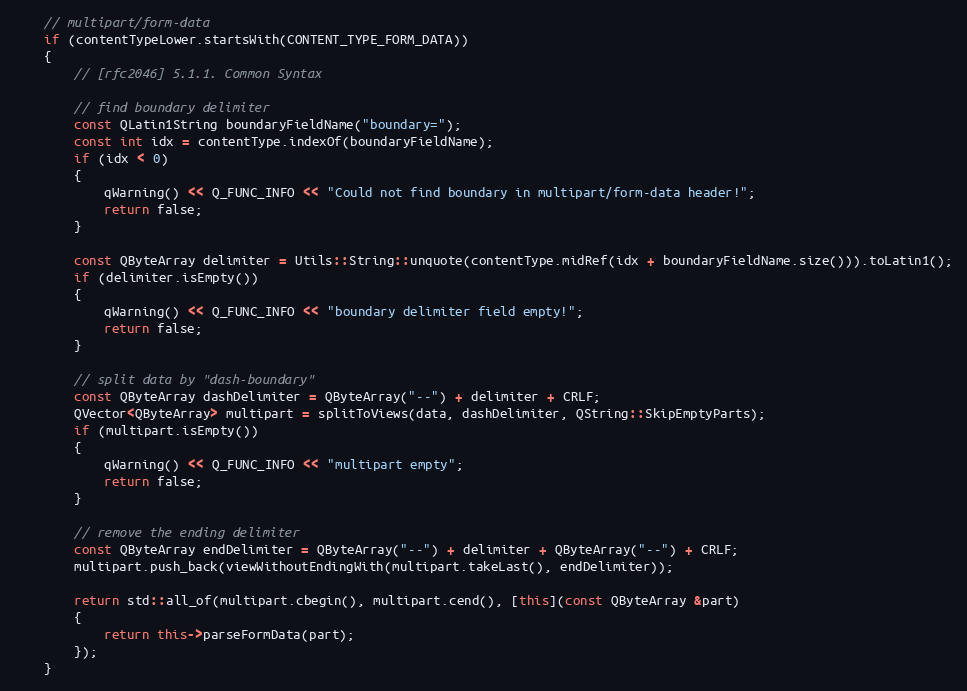
Language: C++
    // multipart/form-data
    if (contentTypeLower.startsWith(CONTENT_TYPE_FORM_DATA))
    {
        // [rfc2046] 5.1.1. Common Syntax

        // find boundary delimiter
        const QLatin1String boundaryFieldName("boundary=");
        const int idx = contentType.indexOf(boundaryFieldName);
        if (idx < 0)
        {
            qWarning() << Q_FUNC_INFO << "Could not find boundary in multipart/form-data header!";
            return false;
        }

        const QByteArray delimiter = Utils::String::unquote(contentType.midRef(idx + boundaryFieldName.size())).toLatin1();
        if (delimiter.isEmpty())
        {
            qWarning() << Q_FUNC_INFO << "boundary delimiter field empty!";
            return false;
        }

        // split data by "dash-boundary"
        const QByteArray dashDelimiter = QByteArray("--") + delimiter + CRLF;
        QVector<QByteArray> multipart = splitToViews(data, dashDelimiter, QString::SkipEmptyParts);
        if (multipart.isEmpty())
        {
            qWarning() << Q_FUNC_INFO << "multipart empty";
            return false;
        }

        // remove the ending delimiter
        const QByteArray endDelimiter = QByteArray("--") + delimiter + QByteArray("--") + CRLF;
        multipart.push_back(viewWithoutEndingWith(multipart.takeLast(), endDelimiter));

        return std::all_of(multipart.cbegin(), multipart.cend(), [this](const QByteArray &part)
        {
            return this->parseFormData(part);
        });
    }